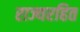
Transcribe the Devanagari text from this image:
राज्यरहित